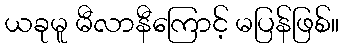
ယခုမူ မီလာနီကြောင့် မပြန်ဖြစ်။